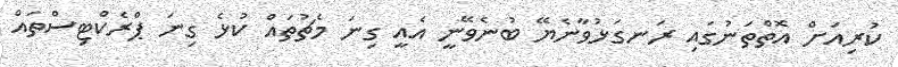
ކުރިއަށް އޮތްތަނުގައި ރަނގަޅުވާނެޔޭ ބުނެވޭނީ އެއީ ގިނަ މެޗުތައް ކުޅެ ގިނަ ޕްރެކްޓިސްތައް